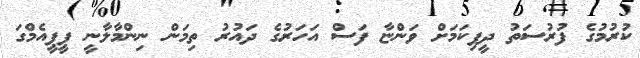
ކުރުމުގެ ފުރުސަތު ދީފިކަމަށް ވަންޏާ ފަސް އަހަރުގެ ދައުރު ތިމަން ނިންމާލާނީ ޕީޕީއެމްގަ